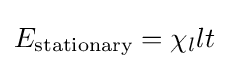
E_{\text{stationary}}=\chi _{l}lt